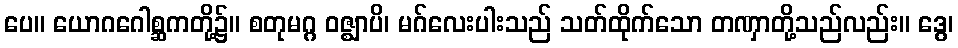
ပေ။ ယောဂဂေါစ္ဆကတို့၌။ စတုမဂ္ဂ ဝဇ္ဈာပိ၊ မဂ်လေးပါးသည် သတ်ထိုက်သော တဏှာတို့သည်လည်း။ ဒွေ၊